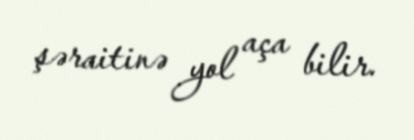
şəraitinə yol aça bilir.